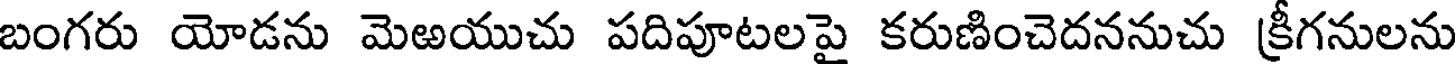
బంగరు యోడను మెఱయుచు పదిపూటలపై కరుణించెదననుచు క్రీగనులను